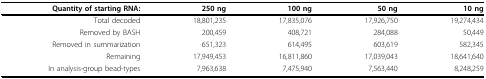
| Quantity of starting RNA: | 250 ng | 100 ng | 50 ng | 10 ng |
 | --- | --- | --- | --- | --- |
 | Total decoded | 18,801,235 | 17,835,076 | 17,926,750 | 19,274,434 |
 | Removed by BASH | 200,459 | 408,721 | 284,088 | 50,449 |
 | Removed in summarization | 651,323 | 614,495 | 603,619 | 582,345 |
 | Remaining | 17,949,453 | 16,811,860 | 17,039,043 | 18,641,640 |
 | In analysis-group bead-types | 7,963,638 | 7,475,940 | 7,563,440 | 8,248,259 |